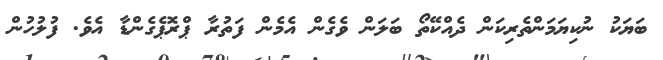
ބަޔަކު ނުކިޔަމަންތެރިކަން ދެއްކޭތޯ ބަލަން ވެގެން އެމެން ފަތުރާ ޕްރޮޕެގެންޑާ އެވެ. ފުލުހުން